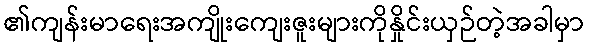
၏ကျန်းမာရေးအကျိုးကျေးဇူးများကိုနှိုင်းယှဉ်တဲ့အခါမှာ